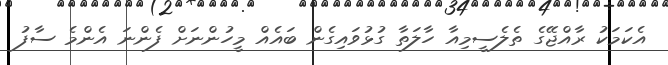
އެކަމަކު ރާއްޖޭގެ ތެލެސީމިއާ ހާލަތާ ގުޅުވައިގެން ބައެއް މީހުންނަށް ފެންނަ އެންމެ ސާފު